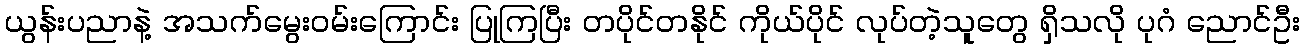
ယွန်းပညာနဲ့ အသက်မွေးဝမ်းကြောင်း ပြုကြပြီး တပိုင်တနိုင် ကိုယ်ပိုင် လုပ်တဲ့သူတွေ ရှိသလို ပုဂံ ညောင်ဦး